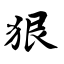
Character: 狠